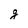
Character: g